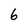
Character: 6